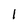
Character: l